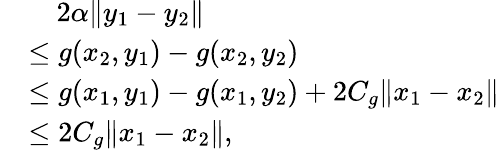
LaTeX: \begin{array}{rl}&{\quad 2\alpha\Vert y_{1}-y_{2}\Vert}\\ &{\le g(x_{2},y_{1})-g(x_{2},y_{2})}\\ &{\le g(x_{1},y_{1})-g(x_{1},y_{2})+2C_{g}\Vert x_{1}-x_{2}\Vert}\\ &{\le 2C_{g}\Vert x_{1}-x_{2}\Vert,}\end{array}